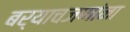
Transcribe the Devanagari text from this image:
बर्याचजणांना